Trukikaitis_Postimees, lk 106
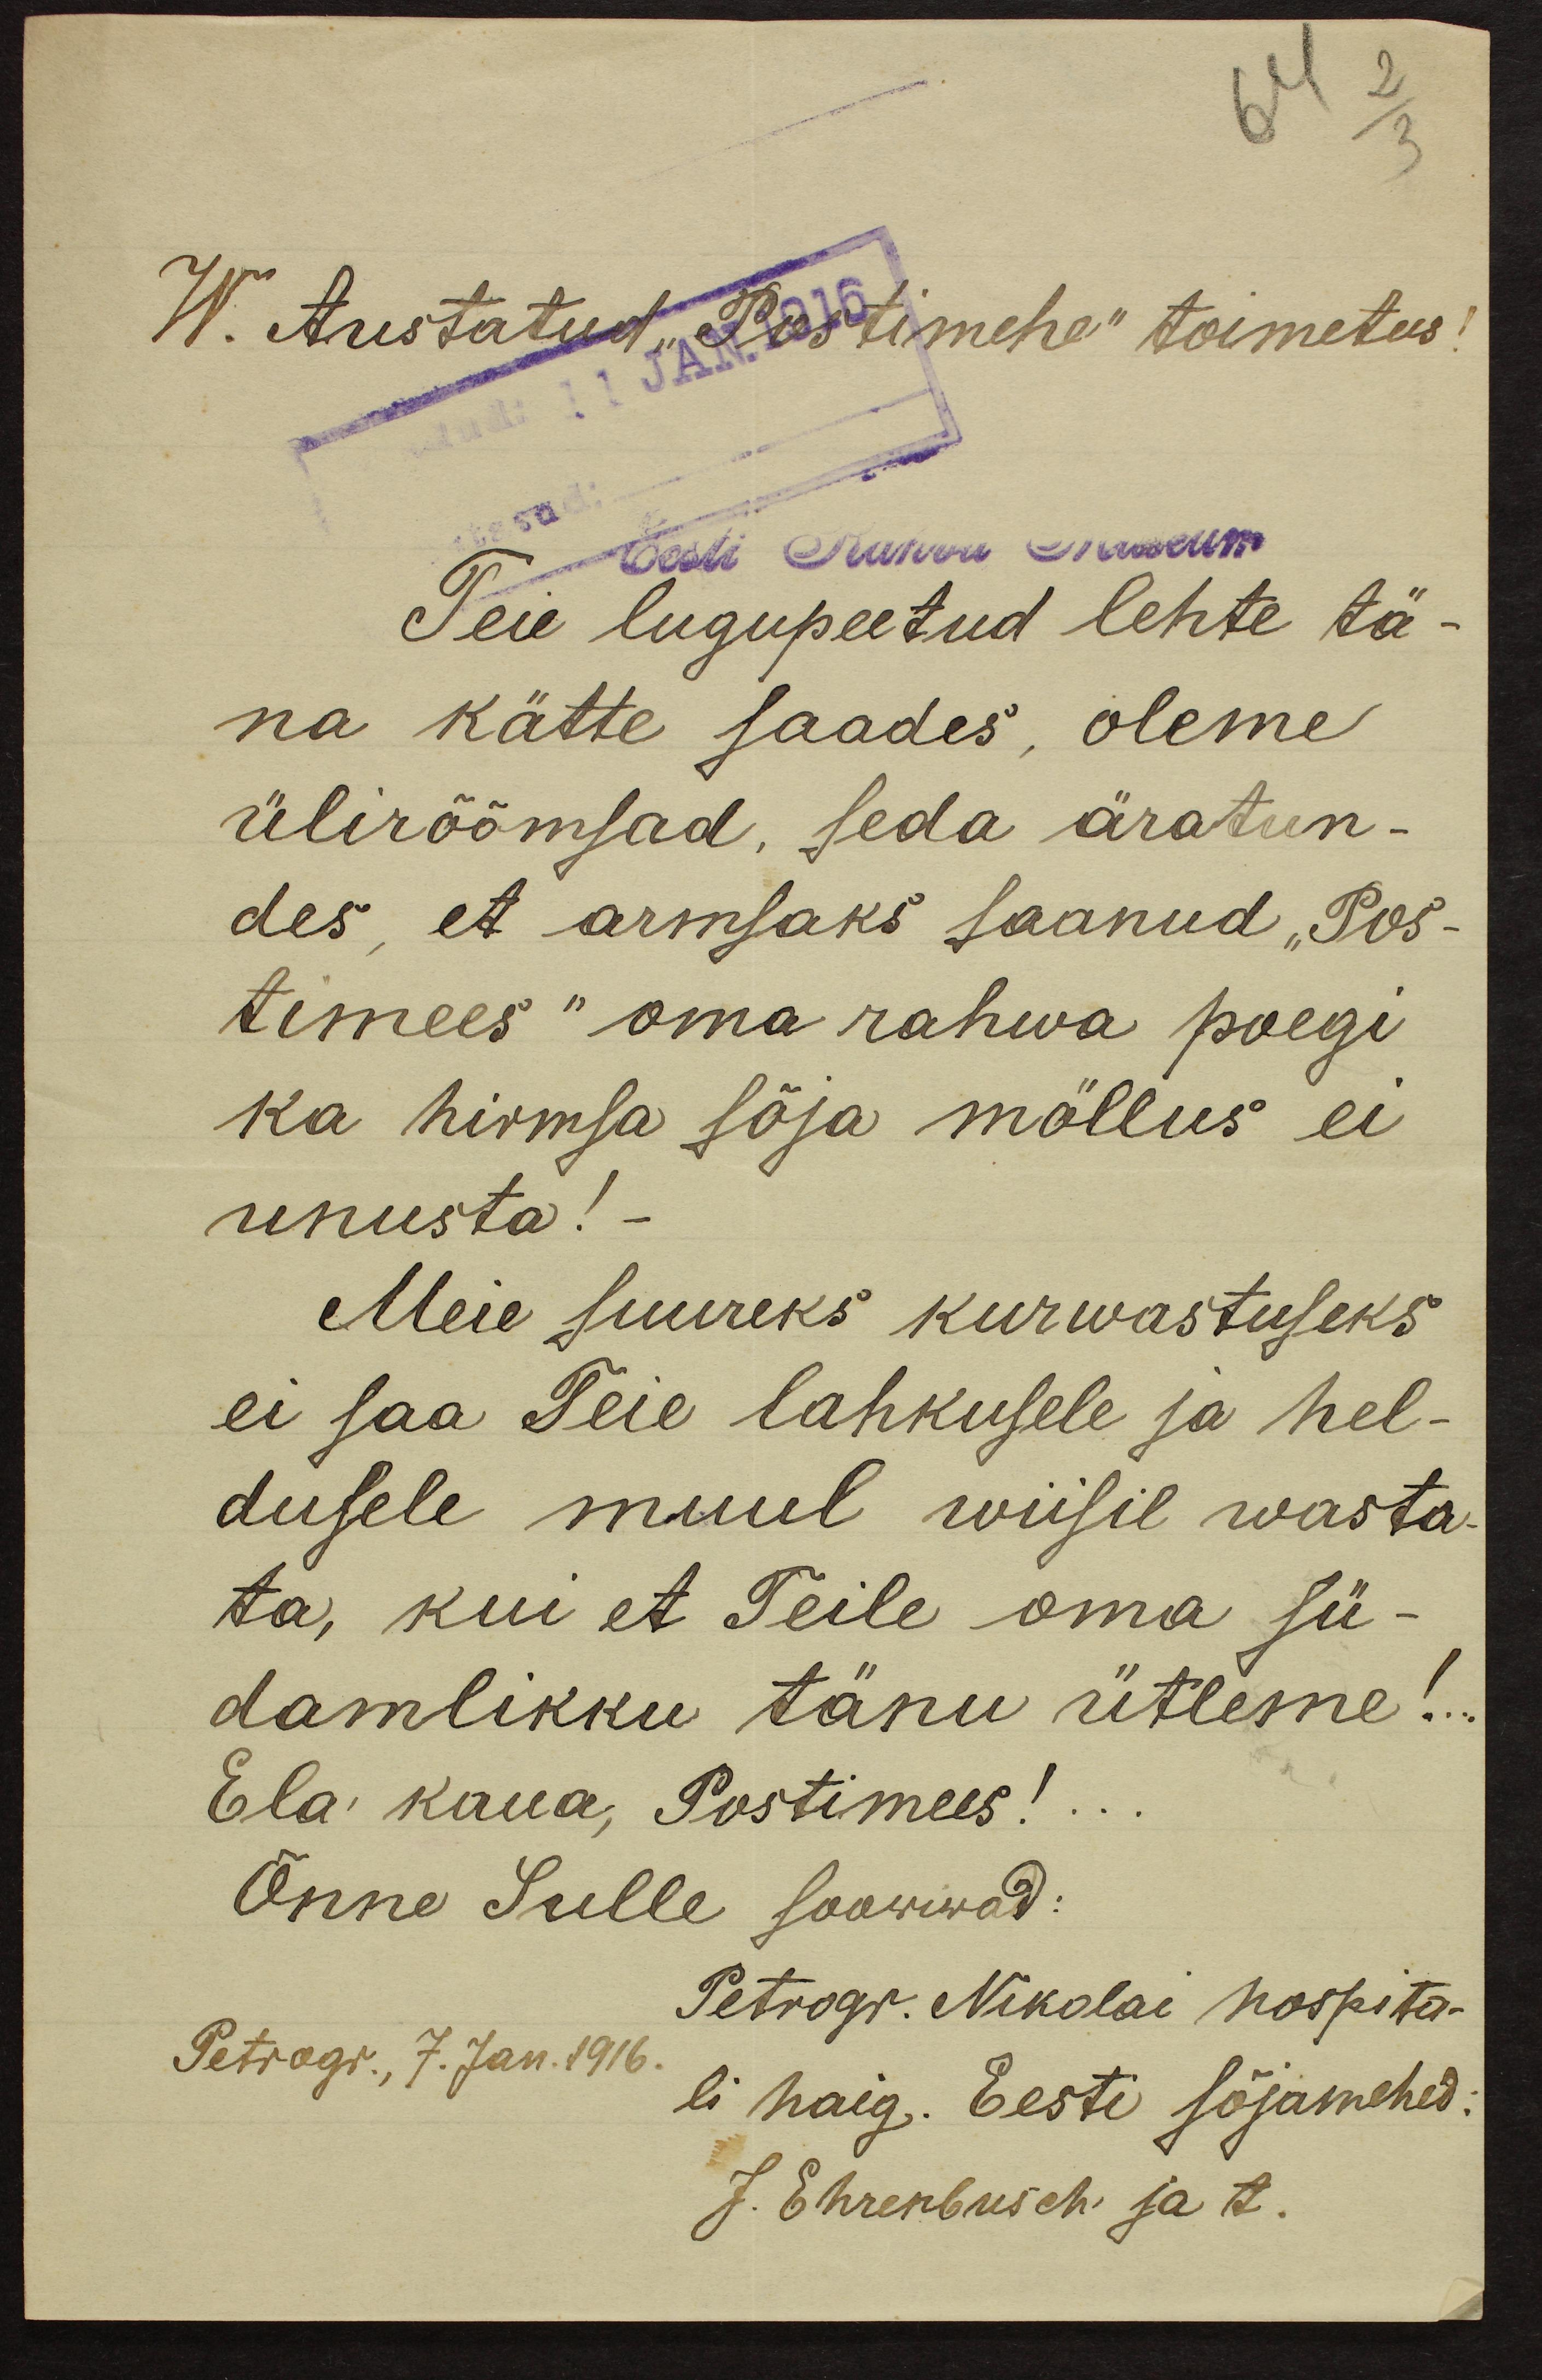
2
64
3
W. Austatud "Postimehe" toimetus:
11 JAN. 1916
Eesti Rahva Museum
Teie lugupeetud lehte tä-
na kätte saades, oleme
ülirõõmsad, seda äratun-
des, et armsaks saanud "Pos-
timees" oma rahwa poegi
ka hirmsa sõja möllus ei
unusta!-
Meie suureks kurwastuseks
ei saa Teie lahkusele ja hel-
dusele muul wiisil wasta-
ta, kui et Teile oma sü-
damlikku tänu ütleme!..
Ela kaua, Postimees!..
Õnne sulle soowiwad:
Petrogr. Nikolai hospita-
Petrogr., 7. Jan. 1916.
li haig. Eesti sõjamehed.
J. Ehrenbusch ja t.